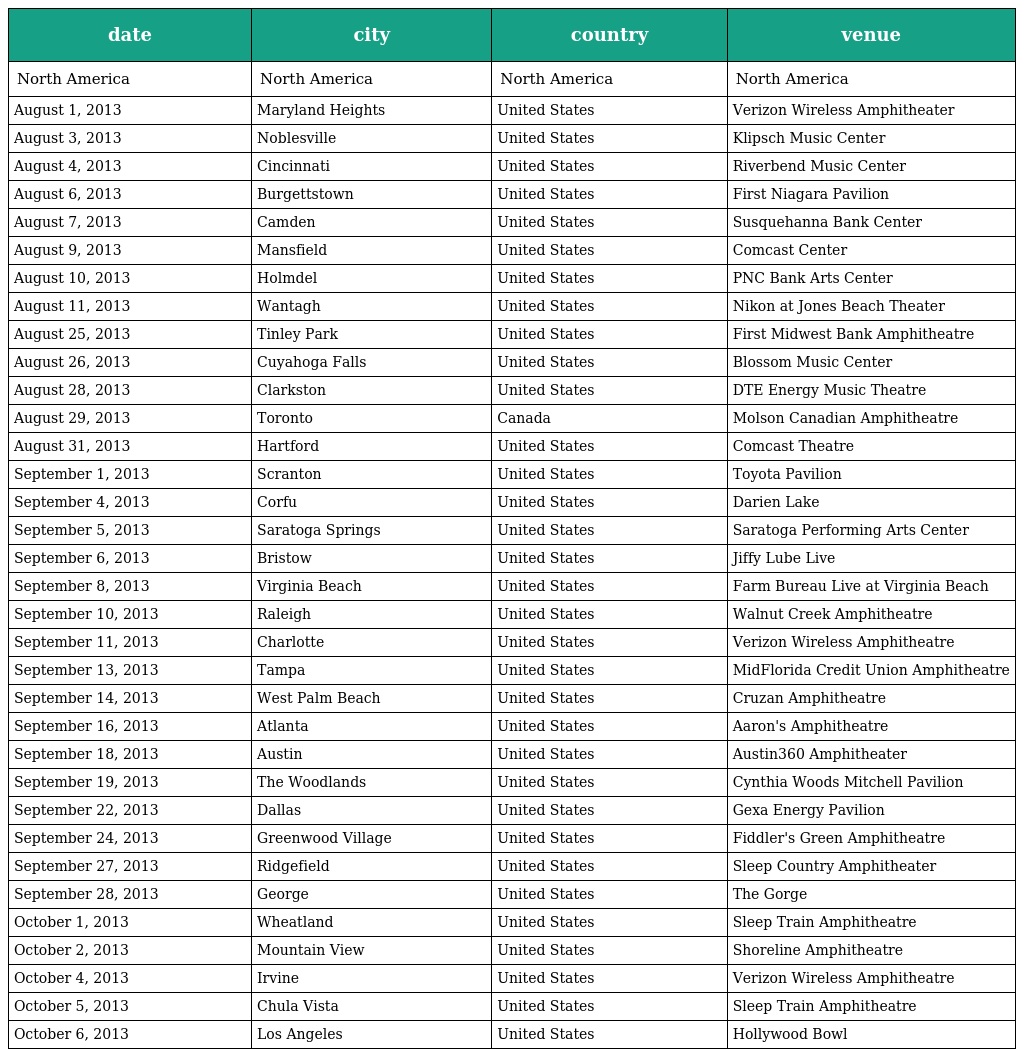
| date | city | country | venue |
 | --- | --- | --- | --- |
 | North America | North America | North America | North America |
 | August 1, 2013 | Maryland Heights | United States | Verizon Wireless Amphitheater |
 | August 3, 2013 | Noblesville | United States | Klipsch Music Center |
 | August 4, 2013 | Cincinnati | United States | Riverbend Music Center |
 | August 6, 2013 | Burgettstown | United States | First Niagara Pavilion |
 | August 7, 2013 | Camden | United States | Susquehanna Bank Center |
 | August 9, 2013 | Mansfield | United States | Comcast Center |
 | August 10, 2013 | Holmdel | United States | PNC Bank Arts Center |
 | August 11, 2013 | Wantagh | United States | Nikon at Jones Beach Theater |
 | August 25, 2013 | Tinley Park | United States | First Midwest Bank Amphitheatre |
 | August 26, 2013 | Cuyahoga Falls | United States | Blossom Music Center |
 | August 28, 2013 | Clarkston | United States | DTE Energy Music Theatre |
 | August 29, 2013 | Toronto | Canada | Molson Canadian Amphitheatre |
 | August 31, 2013 | Hartford | United States | Comcast Theatre |
 | September 1, 2013 | Scranton | United States | Toyota Pavilion |
 | September 4, 2013 | Corfu | United States | Darien Lake |
 | September 5, 2013 | Saratoga Springs | United States | Saratoga Performing Arts Center |
 | September 6, 2013 | Bristow | United States | Jiffy Lube Live |
 | September 8, 2013 | Virginia Beach | United States | Farm Bureau Live at Virginia Beach |
 | September 10, 2013 | Raleigh | United States | Walnut Creek Amphitheatre |
 | September 11, 2013 | Charlotte | United States | Verizon Wireless Amphitheatre |
 | September 13, 2013 | Tampa | United States | MidFlorida Credit Union Amphitheatre |
 | September 14, 2013 | West Palm Beach | United States | Cruzan Amphitheatre |
 | September 16, 2013 | Atlanta | United States | Aaron's Amphitheatre |
 | September 18, 2013 | Austin | United States | Austin360 Amphitheater |
 | September 19, 2013 | The Woodlands | United States | Cynthia Woods Mitchell Pavilion |
 | September 22, 2013 | Dallas | United States | Gexa Energy Pavilion |
 | September 24, 2013 | Greenwood Village | United States | Fiddler's Green Amphitheatre |
 | September 27, 2013 | Ridgefield | United States | Sleep Country Amphitheater |
 | September 28, 2013 | George | United States | The Gorge |
 | October 1, 2013 | Wheatland | United States | Sleep Train Amphitheatre |
 | October 2, 2013 | Mountain View | United States | Shoreline Amphitheatre |
 | October 4, 2013 | Irvine | United States | Verizon Wireless Amphitheatre |
 | October 5, 2013 | Chula Vista | United States | Sleep Train Amphitheatre |
 | October 6, 2013 | Los Angeles | United States | Hollywood Bowl |